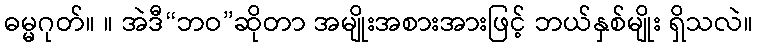
ဓမ္မဂုတ်။ ။ အဲဒီ“ဘဝ”ဆိုတာ အမျိုးအစားအားဖြင့် ဘယ်နှစ်မျိုး ရှိသလဲ။